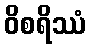
ဝိစရိဿံ